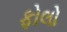
ફોલો